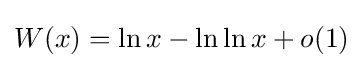
W(x)=\ln x-\ln \ln x+o(1)